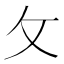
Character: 攵